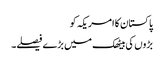
پاکستان کا امریکہ کو
بڑوں کی بیٹھک میں بڑے فیصلے۔